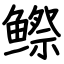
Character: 𬶭